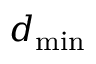
d _ { \mathrm { m i n } }